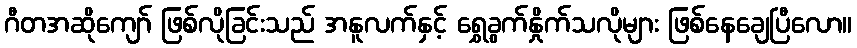
ဂီတအဆိုကျော် ဖြစ်လိုခြင်းသည် အနူလက်နှင့် ရွှေခွက်နှိုက်သလိုများ ဖြစ်နေချေပြီလော။